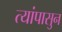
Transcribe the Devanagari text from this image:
त्यांपासुन